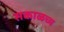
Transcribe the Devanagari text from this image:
सकाळच्य